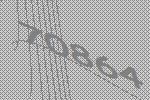
70864